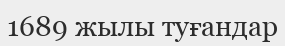
1689 жылы туғандар